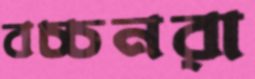
বচ্চনরা